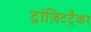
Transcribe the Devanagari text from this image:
ट्रांज़िटट्रैकर